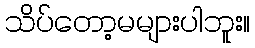
သိပ်တော့မများပါဘူး။